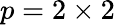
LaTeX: p=2\times 2